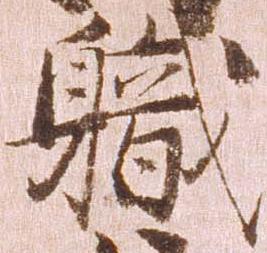
職